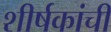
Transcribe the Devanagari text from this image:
शीर्षकांची